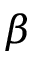
\beta